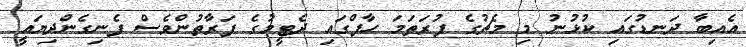
އެއިބާ ދަނޑުގައި ކުޅުނު މި މެޗުގެ ފުރަތަމަ ހާފްގައި ދެޓީމުގެ ފަރާތުންވެސް ފެނިގެންދިޔައީ